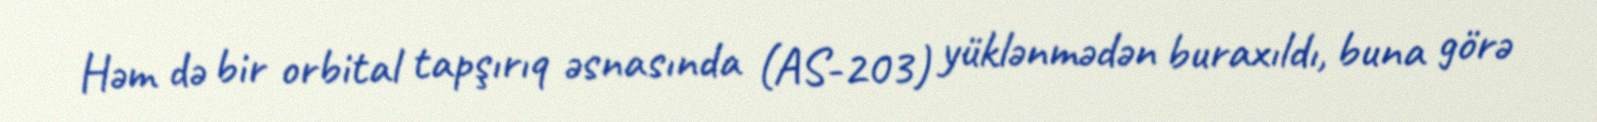
Həm də bir orbital tapşırıq əsnasında (AS-203) yüklənmədən buraxıldı, buna görə